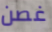
غصن